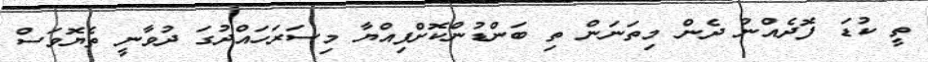
ތީ ކުޑަ ފޮދެއްނު ދެން މިތަނަން ތި ބަންޑުންކޮށްފިއްޔާ މިސަރަހައްދުގަ ދުވާނީ ތެޔޮވަސް